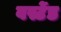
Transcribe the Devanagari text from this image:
वर्स्टेड